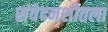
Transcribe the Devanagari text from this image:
संवेदनशीतला